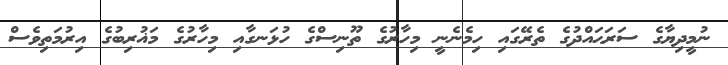
ނުމީދިޔާގެ ސަރަޙައްދުގެ ތެރޭގައި ހިމެނެނީ މިހާރުގެ ތޫނިސްގެ ހުޅަނގާއި މިހާރުގެ މަޣުރިބުގެ އިރުމަތިވެސް